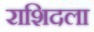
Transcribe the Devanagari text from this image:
राशिदला